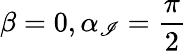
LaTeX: \beta=0,\alpha_{\mathscr{I}}=\frac{{\pi}}{{2}}